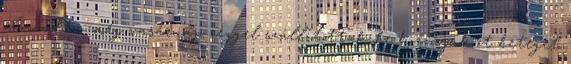
elmondta: még vasárnap reggel szállítottak be hozzájuk öt beteget